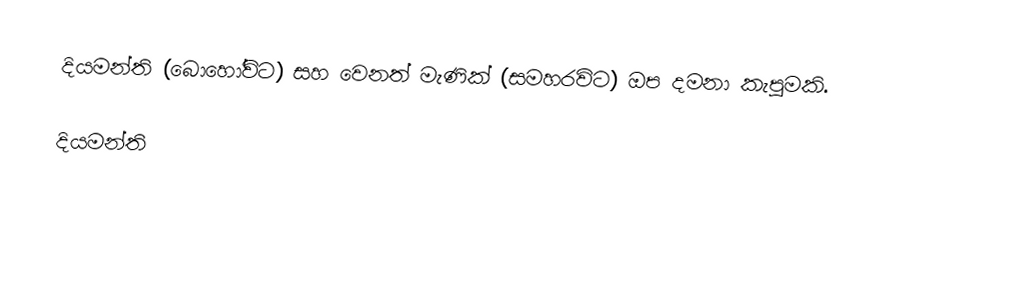
දියමන්ති (බොහෝවිට) සහ වෙනත් මැණික් (සමහරවිට) ඔප දමනා කැපුමකි.

දියමන්ති